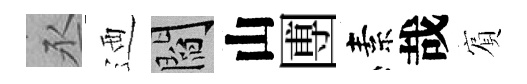
丞迺閻山圑素哉賔